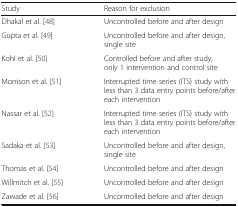
| Study | Reason for exclusion |
 | --- | --- |
 | Dhakal et al. [48] | Uncontrolled before and after design |
 | Gupta et al. [49] | Uncontrolled before and after design, single site |
 | Kohl et al. [50] | Controlled before and after study, only 1 intervention and control site |
 | Morrison et al. [51] | Interrupted time series (ITS) study with less than 3 data entry points before/after each intervention |
 | Nassar et al. [52] | Interrupted time series (ITS) study with less than 3 data entry points before/after each intervention |
 | Sadaka et al. [53] | Uncontrolled before and after design, single site |
 | Thomas et al. [54] | Uncontrolled before and after design |
 | Willmitch et al. [55] | Uncontrolled before and after design |
 | Zawade et al. [56] | Uncontrolled before and after design |